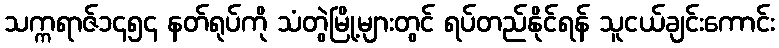
သက္ကရာဇ်၁၄၅၄ နတ်ရုပ်ကို သံတွဲမြို့များတွင် ရပ်တည်နိုင်ရန် သူငယ်ချင်းကောင်း